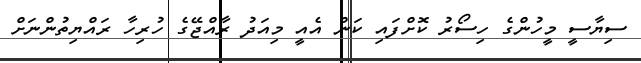
ސިޔާސީ މީހުންގެ ހިސޯރު ކޮށްފައި ކަން އެއީ މިއަދު ރާއްޖޭގެ ހުރިހާ ރައްޔިތުންނަށް